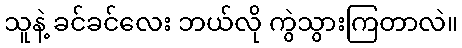
သူနဲ့ ခင်ခင်လေး ဘယ်လို ကွဲသွားကြတာလဲ။